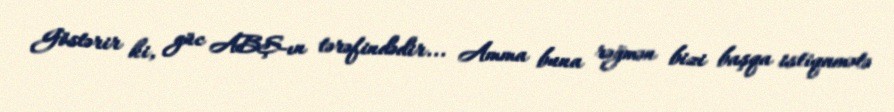
Göstərir ki, güc ABŞ-ın tərəfindədir... Amma buna rəğmən bizi başqa istiqamətə